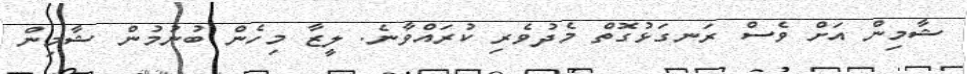
ޝާމިން އަށް ވެސް ރަނގަޅުގޮތް މެދުވެރި ކުރައްވާނެ. ލީޒާ މިހެން ބުނުމުން ޝާމިން